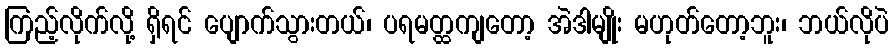
ကြည့်လိုက်လို့ ရှိရင် ပျောက်သွားတယ်၊ ပရမတ္ထကျတော့ အဲဒါမျိုး မဟုတ်တော့ဘူး၊ ဘယ်လိုပဲ